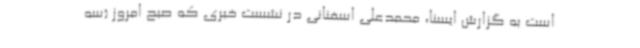
است به گزارش ایسنا، محمدعلی اسفنانی در نشست خبری که صبح امروز (سه